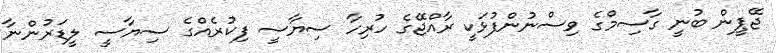
ޖޭޕީން ބުނީ ގާސިމްގެ ވިސްނުންފުޅަކީ ރާއްޖޭގެ ހުރިހާ ސިޔާސީ ފިކުރެއްގެ ސިޔާސީ ލީޑަރުންނާ